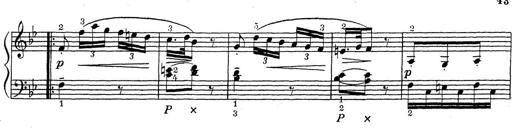
Title: ÄŒeskÃ© Sonatiny
Composer: Various